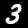
Label: 3